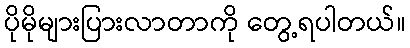
ပိုမိုများပြားလာတာကို တွေ့ရပါတယ်။